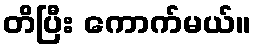
တိပြီး ကောက်မယ်။